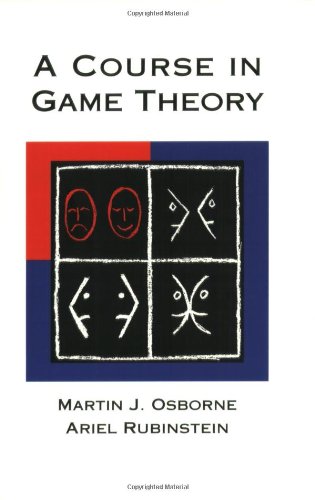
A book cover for A Course in Game Theory; Martin J. Osborne; Science & Math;